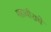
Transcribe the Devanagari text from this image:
महावीराचे